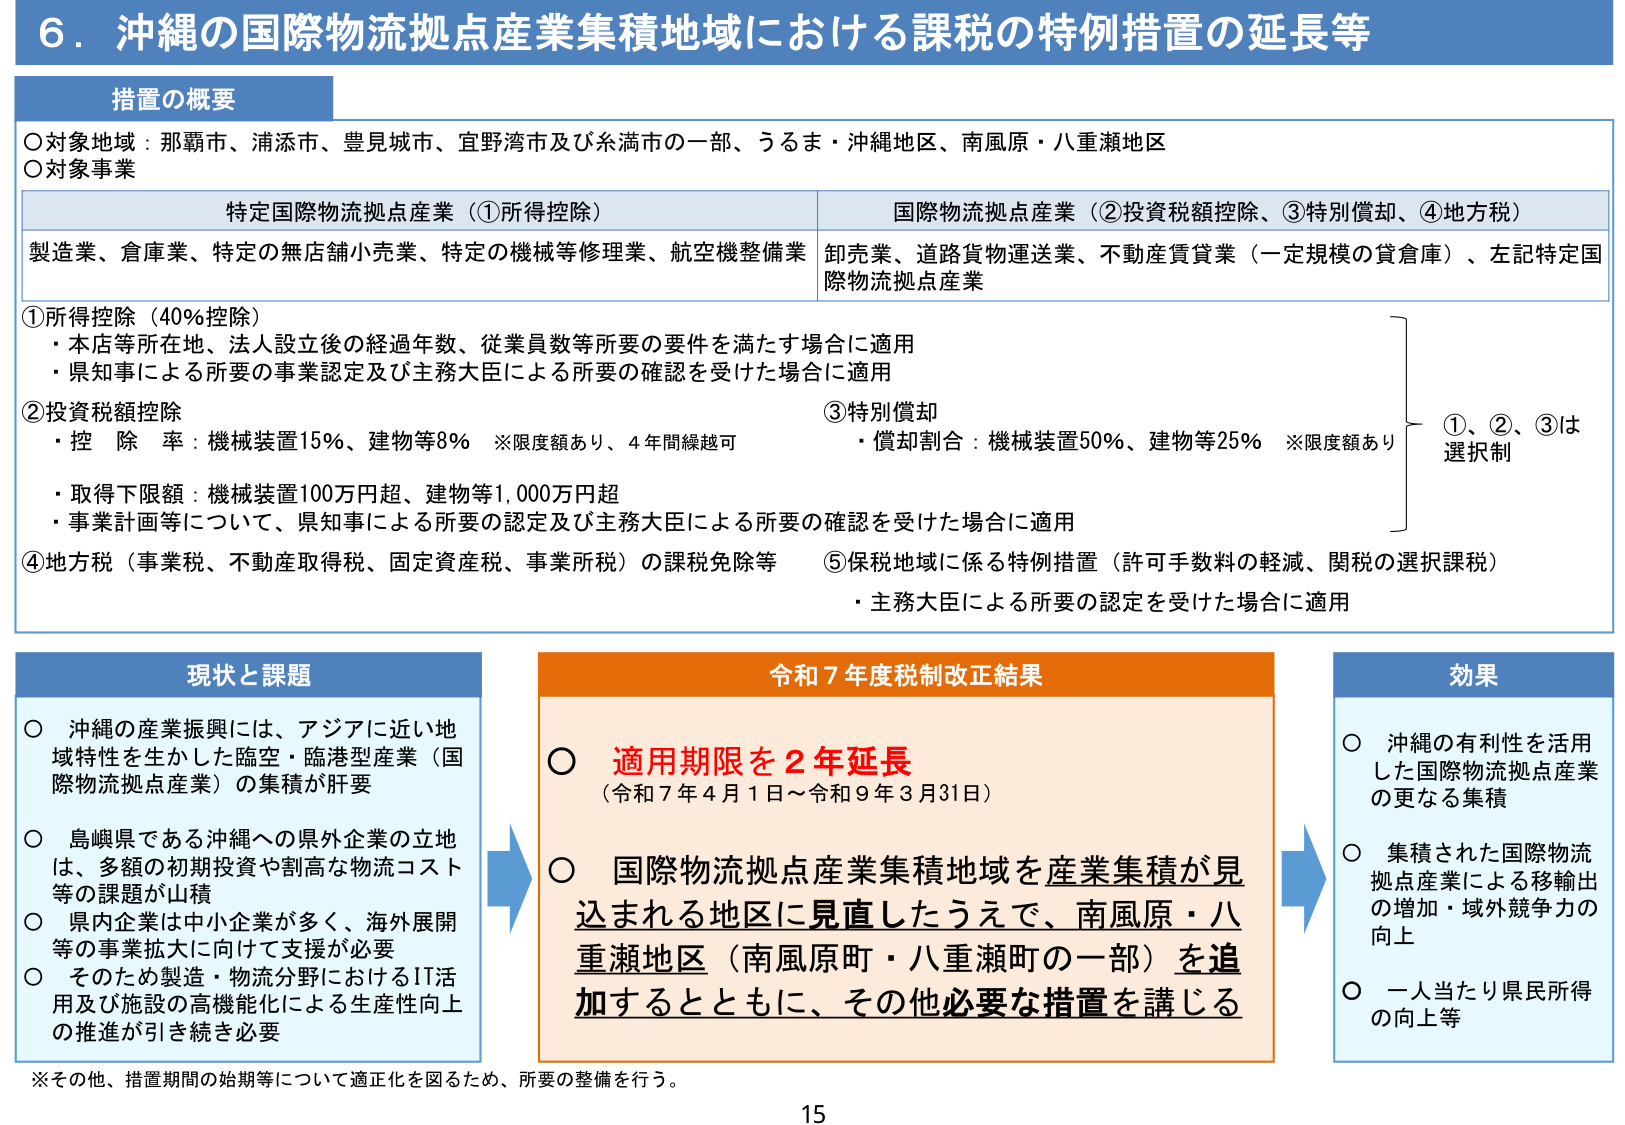
6．沖縄の国際物流拠点産業集積地域における課税の特例措置の延長等

措置の概要
○対象地域：那覇市、浦添市、豊見城市、宜野湾市及び糸満市の一部、うるま・沖縄地区、南風原・八重瀬地区
○対象事業

特定国際物流拠点産業（①所得控除）
製造業、倉庫業、特定の無店舗小売業、特定の機械等修理業、航空機整備業

国際物流拠点産業（②投資税額控除、③特別償却、④地方税）
卸売業、道路貨物運送業、不動産賃貸業（一定規模の貸倉庫）、左記特定国際物流拠点産業

①所得控除（40％控除）
・本店等所在地、法人設立後の経過年数、従業員数等所要の要件を満たす場合に適用
・県知事による所要の事業認定及び主務大臣による所要の確認を受けた場合に適用

②投資税額控除
・控除率：機械装置15％、建物等8％　※限度額あり、4年間繰越可
・取得下限額：機械装置100万円超、建物等1,000万円超
・事業計画等について、県知事による所要の認定及び主務大臣による所要の確認を受けた場合に適用

③特別償却
・償却割合：機械装置50％、建物等25％　※限度額あり

①、②、③は選択制

④地方税（事業税、不動産取得税、固定資産税、事業所税）の課税免除等

⑤保税地域に係る特例措置（許可手数料の軽減、関税の選択課税）
・主務大臣による所要の認定を受けた場合に適用

現状と課題
○ 沖縄の産業振興には、アジアに近い地域特性を生かした臨空・臨港型産業（国際物流拠点産業）の集積が肝要
○ 島嶼県である沖縄への県外企業の立地は、多額の初期投資や割高な物流コスト等の課題が山積
○ 県内企業は中小企業が多く、海外展開等の事業拡大に向けて支援が必要
○ そのため製造・物流分野におけるIT活用及び施設の高機能化による生産性向上の推進が引き続き必要

令和7年度税制改正結果
○ 適用期限を2年延長
（令和7年4月1日～令和9年3月31日）
○ 国際物流拠点産業集積地域を産業集積が見込まれる地区に見直したうえで、南風原・八重瀬地区（南風原町・八重瀬町の一部）を追加するとともに、その他必要な措置を講じる

効果
○ 沖縄の有利性を活用した国際物流拠点産業の更なる集積
○ 集積された国際物流拠点産業による移輸出の増加・域外競争力の向上
○ 一人当たり県民所得の向上等

※その他、措置期間の始期等について適正化を図るため、所要の整備を行う。

15